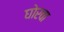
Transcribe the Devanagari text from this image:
घोरवा